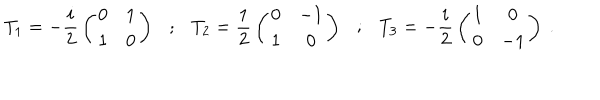
LaTeX: T _ { 1 } = - { \frac { i } { 2 } } \left( \begin{matrix} { { 0 } } & { { 1 } } \\ { { 1 } } & { { 0 } } \\ \end{matrix} \right) ; T _ { 2 } = { \frac { 1 } { 2 } } \left( \begin{matrix} { { 0 } } & { { - 1 } } \\ { { 1 } } & { { 0 } } \\ \end{matrix} \right) ; T _ { 3 } = - { \frac { i } { 2 } } \left( \begin{matrix} { { 1 } } & { { 0 } } \\ { { 0 } } & { { - 1 } } \\ \end{matrix} \right) \ .